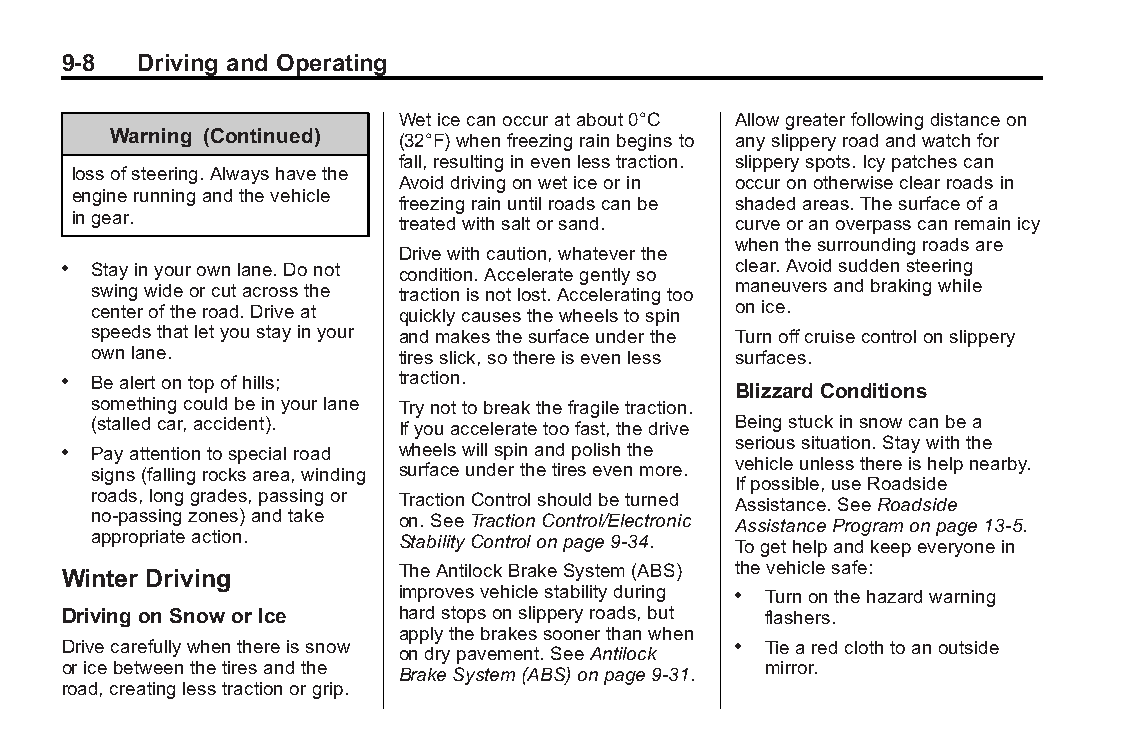
Buick LaCrosse Owner Manual (GMNA-Localizing-U.S./Canada/Mexico- Blackplate(8,1)
 6043609)-2014-2ndEdition-10/17/13
 9-8  Driving and Operating
 Weticecanoccuratabout0°C Allowgreaterfollowingdistanceon
 Warning (Continued) (32°F)whenfreezingrainbeginsto anyslipperyroadandwatchfor
 fall,resultinginevenlesstraction. slipperyspots.Icypatchescan
 lossofsteering.Alwayshavethe
 Avoiddrivingonweticeorin occuronotherwiseclearroadsin
 enginerunningandthevehicle
 freezingrainuntilroadscanbe shadedareas.Thesurfaceofa
 ingear.               treatedwithsaltorsand. curveoranoverpasscanremainicy
 whenthesurroundingroadsare
 Drivewithcaution,whateverthe
 . Stayinyourownlane.Donot condition.Accelerategentlyso clear.Avoidsuddensteering
 swingwideorcutacrossthe tractionisnotlost.Acceleratingtoo maneuversandbrakingwhile
 centeroftheroad.Driveat quicklycausesthewheelstospin onice.
 speedsthatletyoustayinyour andmakesthesurfaceunderthe Turnoffcruisecontrolonslippery
 ownlane.            tiresslick,sothereisevenless surfaces.
 . Bealertontopofhills; traction.
 Blizzard Conditions
 somethingcouldbeinyourlane Trynottobreakthefragiletraction.
 (stalledcar,accident). Ifyouacceleratetoofast,thedrive Beingstuckinsnowcanbea
 serioussituation.Staywiththe
 . Payattentiontospecialroad wheelswillspinandpolishthe
 vehicleunlessthereishelpnearby.
 signs(fallingrocksarea,winding surfaceunderthetiresevenmore.
 Ifpossible,useRoadside
 roads,longgrades,passingor TractionControlshouldbeturned Assistance.SeeRoadside
 no-passingzones)andtake on.SeeTractionControl/Electronic AssistanceProgramonpage13-5.
 appropriateaction.  StabilityControlonpage9-34. Togethelpandkeepeveryonein
 Winter Driving        TheAntilockBrakeSystem(ABS) thevehiclesafe:
 improvesvehiclestabilityduring . Turnonthehazardwarning
 Driving on Snowor Ice hardstopsonslipperyroads,but flashers.
 applythebrakessoonerthanwhen
 Drivecarefullywhenthereissnow               . Tiearedclothtoanoutside
 ondrypavement.SeeAntilock
 oricebetweenthetiresandthe                    mirror.
 BrakeSystem(ABS)onpage9-31.
 road,creatinglesstractionorgrip.